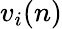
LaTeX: v_{i}(n)